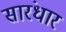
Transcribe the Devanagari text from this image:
सारंधार